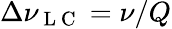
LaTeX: \Delta\nu_{\mathrm{~L~C~}}=\nu/Q